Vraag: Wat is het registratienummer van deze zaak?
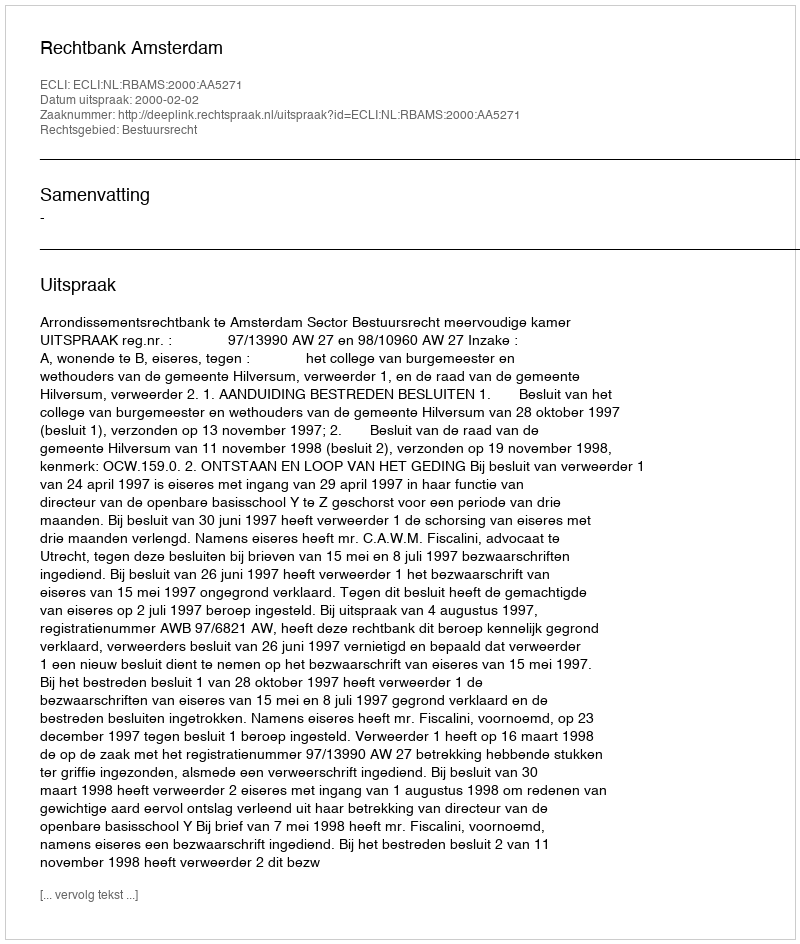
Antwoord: http://deeplink.rechtspraak.nl/uitspraak?id=ECLI:NL:RBAMS:2000:AA5271